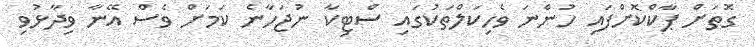
ގޮތަށް ޕާކްކޮށްފައި ހުންނަ ވެހިކަލްތަކުގައި ސްޓިކާ ނުޖަހާނެ ކަމަށް ވެސް އޭނާ ވިދާޅުވި